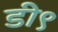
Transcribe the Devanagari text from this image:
डी९